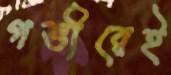
গভীরেই